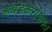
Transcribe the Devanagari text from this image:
आंबेडकरांबाबत